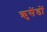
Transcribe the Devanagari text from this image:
क्रुसेंडों